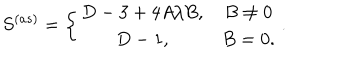
LaTeX: S ^ { ( a s ) } = \left\{ \begin{array} { c c } { { D - 3 + 4 A / B , } } & { { B \neq 0 } } \\ { { D - 1 , } } & { { B = 0 . } } \\ \end{array} \right. .